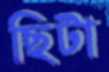
ছিটা